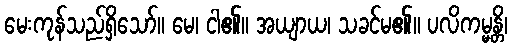
မေးကုန်သည်ရှိသော်။ မေ၊ ငါ၏။ အယျာယ၊ သခင်မ၏။ ပလိကမ္မန္တိ၊